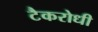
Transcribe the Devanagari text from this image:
टैकरोधी